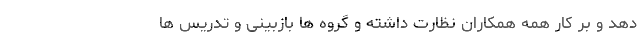
دهد و بر کار همه همکاران نظارت داشته و گروه ها بازبینی و تدریس ها